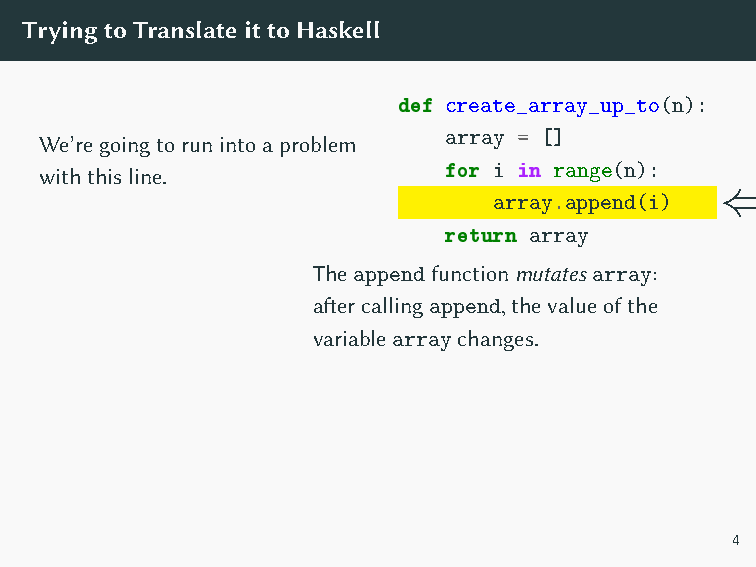
arrayhasdifferentvaluesbeforeand
 afterline3.
 Wecan’tdothatinanimmutablelanguage! Avariable’svalue
 cannotchangefromonelinetothenextinHaskell.
 TryingtoTranslateittoHaskell
 def create_array_up_to(n):
 We’regoingtorunintoaproblem array = []
 withthisline.             for i in range(n):
 ⇐
 array.append(i)
 return array
 Theappendfunctionmutatesarray:
 aftercallingappend,thevalueofthe
 variablearraychanges.
 4